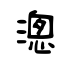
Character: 漗